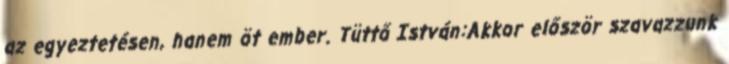
az egyeztetésen, hanem öt ember. Tüttő István:Akkor először szavazzunk